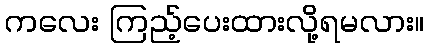
ကလေး ကြည့်ပေးထားလို့ရမလား။